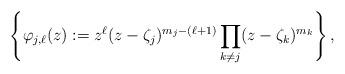
LaTeX: \begin{align*} \left\{ \varphi_{j,\ell}(z):=z^{\ell}(z-\zeta_j)^{m_j-(\ell+1)}\prod_{k\neq j}(z-\zeta_k)^{m_k}\right\},\end{align*}